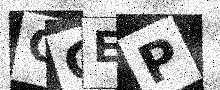
Text: OGEP